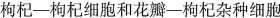
枸杞——枸杞细胞和花瓣——枸杞杂种细胞